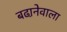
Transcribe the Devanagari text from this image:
बढा़नेवाला